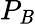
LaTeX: P_{\mathit{B}}